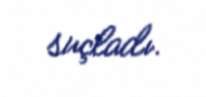
suçladı.